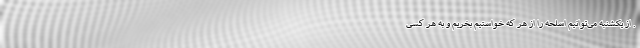
. از یکشنبه می‌توانیم اسلحه را از هر که خواستیم بخریم و به هر کسی